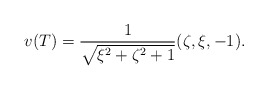
\begin{align*}v(T) = \frac{1}{\sqrt{\xi^2+\zeta^2+1}}(\zeta,\xi,-1).\end{align*}